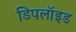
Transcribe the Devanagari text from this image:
डिपलॉइड